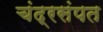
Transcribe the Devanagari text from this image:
चंद्रसंपत